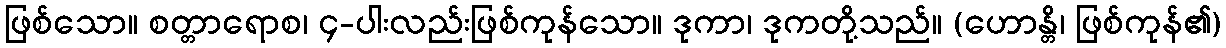
ဖြစ်သော။ စတ္တာရောစ၊ ၄-ပါးလည်းဖြစ်ကုန်သော။ ဒုကာ၊ ဒုကတို့သည်။ (ဟောန္တိ၊ ဖြစ်ကုန်၏)